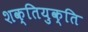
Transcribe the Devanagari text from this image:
शक्तियुक्ति